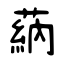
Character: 蒳